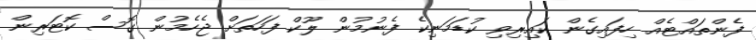
ފެންތައްޓެއް ހިފައިގެން ކައިރިވި ކުޑަމަނިކެ ފެނުމުން ލޫކް ފަހަތަށް ޖެހެމުން ގޮސް ކޮޓަރިން